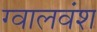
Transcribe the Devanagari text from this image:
ग्वालवंश